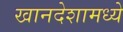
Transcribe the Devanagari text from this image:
खानदेशामध्ये